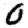
Digit: 0